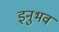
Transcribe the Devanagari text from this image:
इनुभव